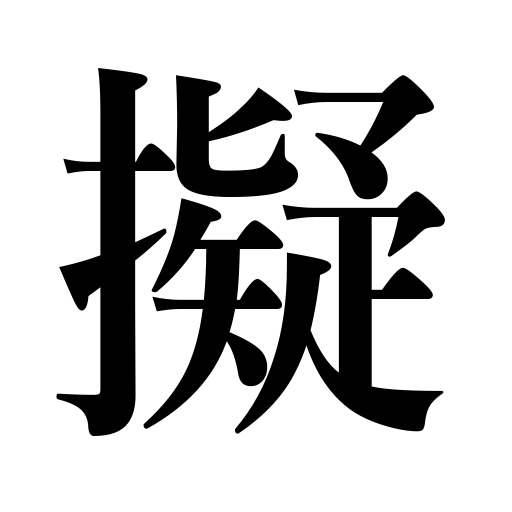
Meanings: nominate for office,aim a gun at,compare,mimic,imitate